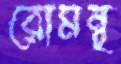
রোমন্থ